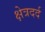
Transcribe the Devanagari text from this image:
क्षेत्रदर्द